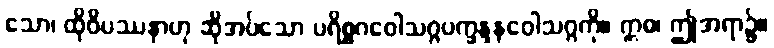
သော၊ ထိုဝိပဿနာဟု ဆိုအပ်သော ပရိစ္စဂဝေါသဂ္ဂပက္ခန္ဒနဝေါသဂ္ဂကို။ ဣဓ၊ ဤအရာ၌။